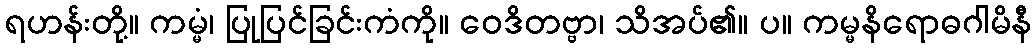
ရဟန်းတို့။ ကမ္မံ၊ ပြုပြင်ခြင်းကံကို။ ဝေဒိတဗ္ဗာ၊ သိအပ်၏။ ပ။ ကမ္မနိရောဓဂါမိနီ